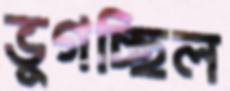
ভুগচ্ছিল